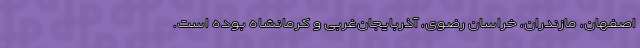
اصفهان، مازندران، خراسان رضوی، آذربایجان‌غربی و کرمانشاه بوده است.